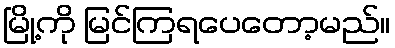
မြို့ကို မြင်ကြရပေတော့မည်။